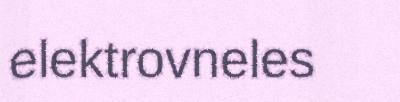
elektrovneles